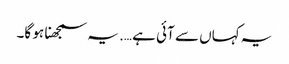
یہ کہاں سے آئی ہے …. یہ سمجھنا ہو گا۔